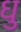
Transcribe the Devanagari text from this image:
धु